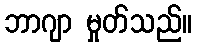
ဘာဂျာ မှုတ်သည်။